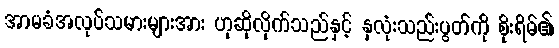
အာမခံအလုပ်သမားများအား ဟုဆိုလိုက်သည်နှင့် နှလုံးသည်းပွတ်ကို စိုးရိမ်၏